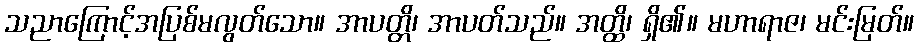
သညာကြောင့်အပြစ်မလွတ်သော။ အာပတ္တိ၊ အာပတ်သည်။ အတ္ထိ၊ ရှိ၏။ မဟာရာဇ၊ မင်းမြတ်။